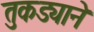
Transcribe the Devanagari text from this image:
तुकड्याने